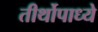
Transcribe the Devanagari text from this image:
तीर्थोपाध्ये